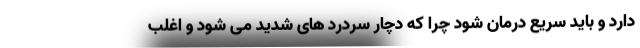
دارد و باید سریع درمان شود چرا که دچار سردرد های شدید می شود و اغلب